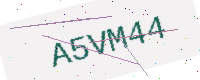
Text: A5VM44